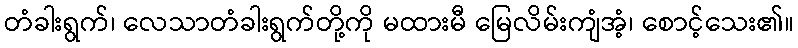
တံခါးရွက်၊ လေသာတံခါးရွက်တို့ကို မထားမီ မြေလိမ်းကျံအံ့၊ စောင့်သေး၏။